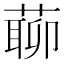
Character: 𦺹